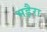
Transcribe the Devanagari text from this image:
भड़ैरा